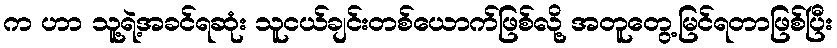
က ဟာ သူ့ရဲ့အခင်ရဆုံး သူငယ်ချင်းတစ်ယောက်ဖြစ်လို့ အတူတွေ့မြင်ရတာဖြစ်ပြီး